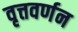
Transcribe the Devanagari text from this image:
वृत्तवर्णन